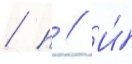
/ п // И́